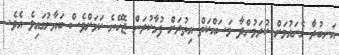
އަނބުރާ ގެނައުމަށް ކުރަމުންދާ މަސައްކަތް އިތުރަށް ފުޅާކުރަން ޖެހޭނެ ކަމަށްވެސް ބަޔާނުގައިވެ އެވެ.